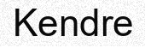
Kendre